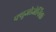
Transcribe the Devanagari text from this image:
फ्यूजोजेनिक